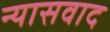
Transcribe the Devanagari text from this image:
न्यासवाद